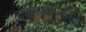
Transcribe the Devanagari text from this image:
कालशनिकोव